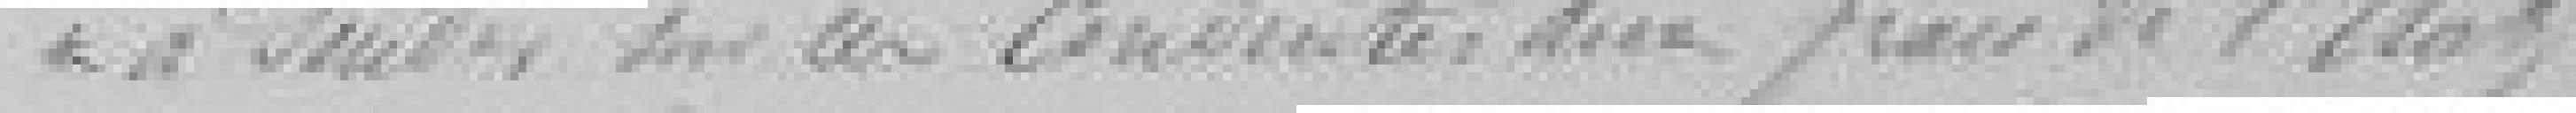
à souder sur ces conduites aux frais de l'Etat.